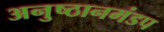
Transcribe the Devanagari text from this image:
अनुष्ठानमंडप